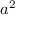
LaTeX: \ \ \ a ^ { 2 }